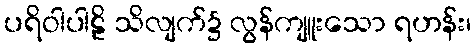
ပရိဝါပါဠိ သိလျက်၌ လွန်ကျူးသော ရဟန်း၊